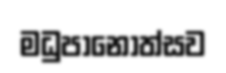
මධුපානෝත්සව